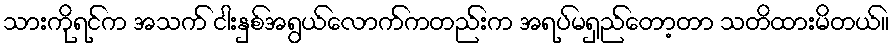
သားကိုရင်က အသက် ငါးနှစ်အရွယ်လောက်ကတည်းက အရပ်မရှည်တော့တာ သတိထားမိတယ်။